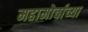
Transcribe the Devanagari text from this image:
महामोर्चाच्या